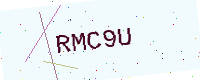
Text: RMC9U